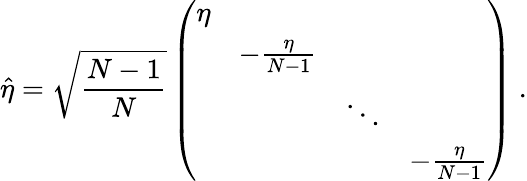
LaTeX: \hat{\eta}=\sqrt{{\frac{N-1}{N}}}\left(\begin{array}{cccc}{{\eta}}&{{}}&{{}}&{{}}\\ {{}}&{{-{\frac{\eta}{N-1}}}}&{{}}&{{}}\\ {{}}&{{}}&{{\ddots}}&{{}}\\ {{}}&{{}}&{{}}&{{-{\frac{\eta}{N-1}}}}\end{array}\right)\ .